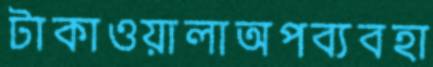
টাকাওয়ালাঅপব্যবহা